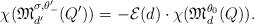
LaTeX: \begin{align*}\chi( \mathfrak{M}_{d^{\prime}}^{\sigma, \theta^{\prime}_- }(Q^{\prime}) )= - \mathcal{E}(d) \cdot \chi ( \mathfrak{M}^{\theta_0 }_d(Q )).\end{align*}